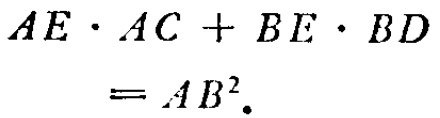
\[
\begin{align*}
AE\cdot AC + BE\cdot BD&=AB^{2}.
\end{align*}
\]